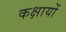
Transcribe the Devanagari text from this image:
कक्षायों